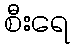
စီးရေ